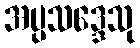
အပ္ပသဒ္ဒေသု